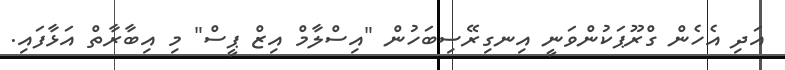
އަދި އެހެން ގްރޫޕަކުންވަނީ އިނގިރޭސިބަހުން "އިސްލާމް އިޒް ޕީސް" މި އިބާރާތް އަޅާފައި.